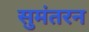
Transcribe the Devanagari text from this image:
सुमंतरन